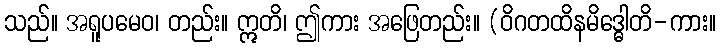
သည်။ အရူပမေဝ၊ တည်း။ ဣတိ၊ ဤကား အဖြေတည်း။ (ဝိဂတထိနမိဒ္ဓေါတိ-ကား။